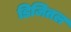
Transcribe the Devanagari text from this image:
डिजितल